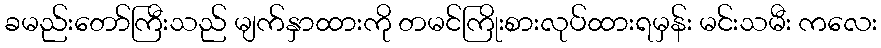
ခမည်းတော်ကြီးသည် မျက်နှာထားကို တမင်ကြိုးစားလုပ်ထားရမှန်း မင်းသမီး ကလေး